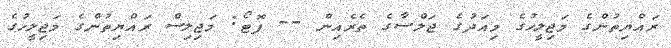
ރައްޔިތުންގެ މަޖިލީހުގެ މިއަދުގެ ޖަލްސާގެ ތެރެއިން -- ފޮޓޯ: މަޖިލިސް ރައްޔިތުންގެ މަޖިލީހުގެ